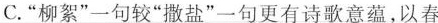
C.”柳絮”一句较”撒盐”一句更有诗歌意蕴，以春